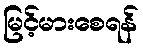
မြင့်မားစေရန်